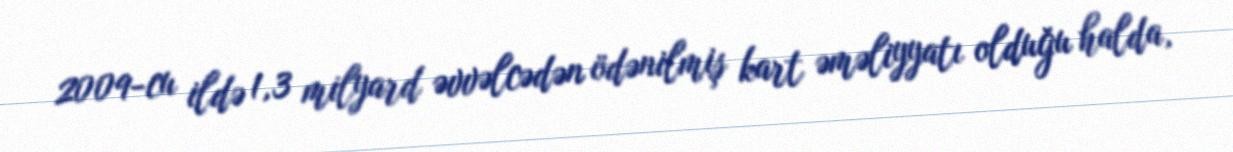
2009-cu ildə 1,3 milyard əvvəlcədən ödənilmiş kart əməliyyatı olduğu halda,